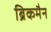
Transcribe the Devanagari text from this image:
ब्रिकमैन